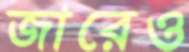
জারেও